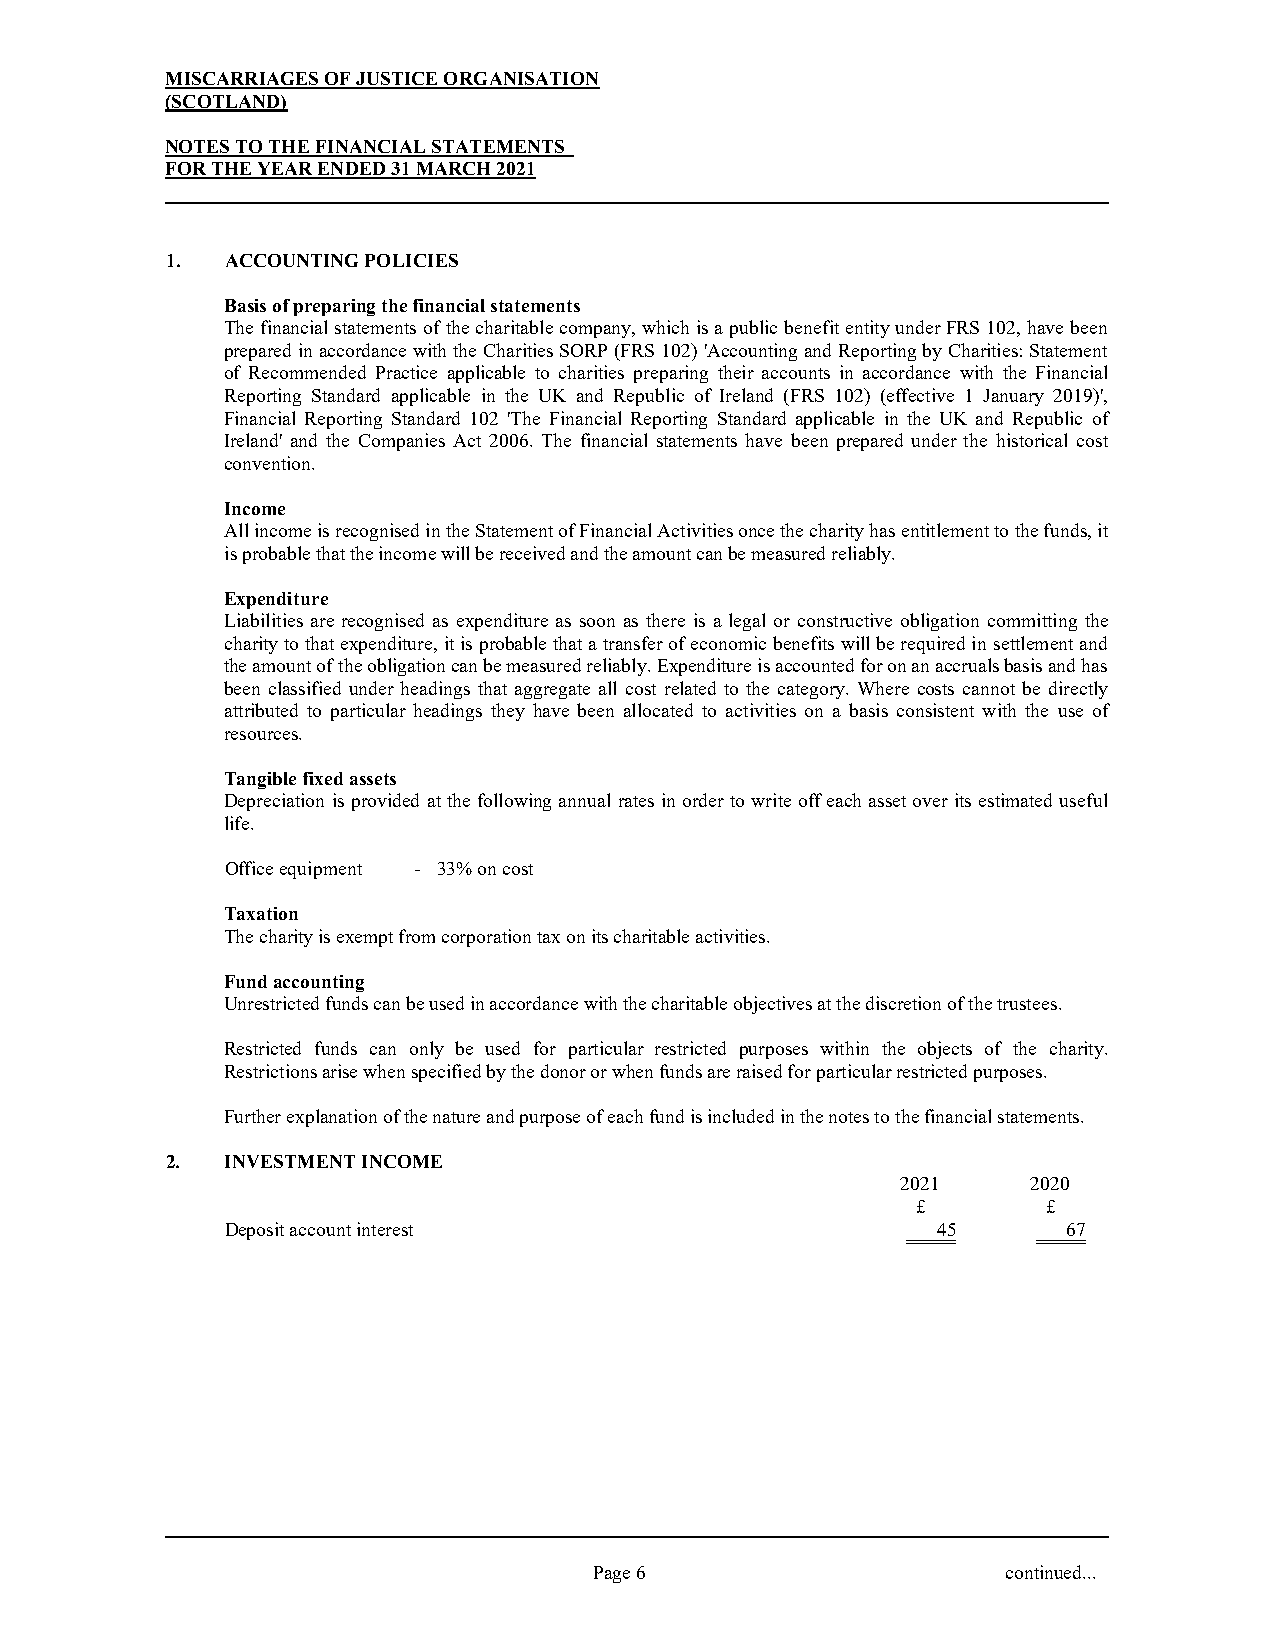
MISCARRIAGES OF JUSTICE ORGANISATION
 (SCOTLAND)
 NOTES TO THE FINANCIAL STATEMENTS
 FOR THE YEAR ENDED 31 MARCH 2021
 1.  ACCOUNTING POLICIES
 Basis of preparing the financial statements
 The financial statements of the charitable company, which is a public benefit entity under FRS 102, have been
 prepared in accordance with the Charities SORP (FRS 102) 'Accounting and Reporting by Charities: Statement
 of Recommended Practice applicable to charities preparing their accounts in accordance with the Financial
 Reporting Standard applicable in the UK and Republic of Ireland (FRS 102) (effective 1 January 2019)',
 Financial Reporting Standard 102 'The Financial Reporting Standard applicable in the UK and Republic of
 Ireland' and the Companies Act 2006. The financial statements have been prepared under the historical cost
 convention.
 Income
 All income is recognised in the Statement of Financial Activities once the charity has entitlement to the funds, it
 is probable that the income will be received and the amount can be measured reliably.
 Expenditure
 Liabilities are recognised as expenditure as soon as there is a legal or constructive obligation committing the
 charity to that expenditure, it is probable that a transfer of economic benefits will be required in settlement and
 the amount of the obligation can be measured reliably. Expenditure is accounted for on an accruals basis and has
 been classified under headings that aggregate all cost related to the category. Where costs cannot be directly
 attributed to particular headings they have been allocated to activities on a basis consistent with the use of
 resources.
 Tangible fixed assets
 Depreciation is provided at the following annual rates in order to write off each asset over its estimated useful
 life.
 Office equipment - 33% on cost
 Taxation
 The charity is exempt from corporation tax on its charitable activities.
 Fund accounting
 Unrestricted funds can be used in accordance with the charitable objectives at the discretion of the trustees.
 Restricted funds can only be used for particular restricted purposes within the objects of the charity.
 Restrictions arise when specified by the donor or when funds are raised for particular restricted purposes.
 Further explanation of the nature and purpose of each fund is included in the notes to the financial statements.
 2.  INVESTMENT INCOME
 2021    2020
 £       £
 Deposit account interest                       45       67
 Page 6                      continued...